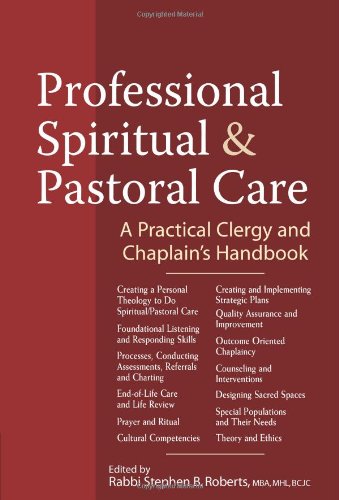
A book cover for Professional Spiritual and Pastoral Care: A Practical Clergy and Chaplain's Handbook; Stephen B. Roberts; Christian Books & Bibles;